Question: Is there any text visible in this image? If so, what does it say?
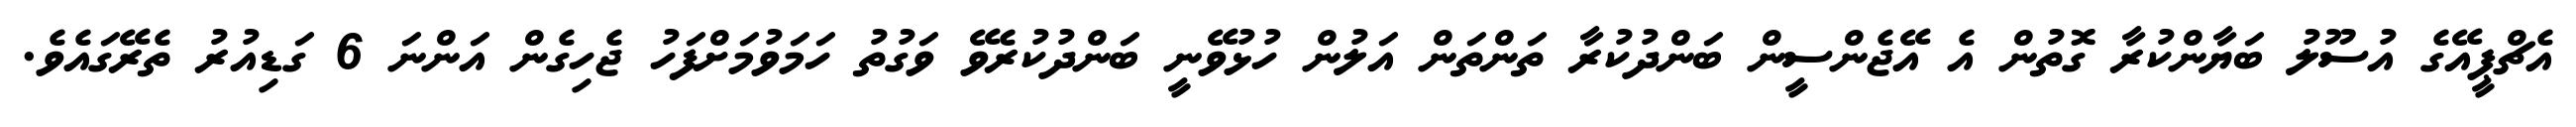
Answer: އެޗްޕީއޭގެ އުސޫލު ބަޔާންކުރާ ގޮތުން އެ އޭޖެންސީން ބަންދުކުރާ ތަންތަން އަލުން ހުޅުވޭނީ ބަންދުކުރެވޭ ވަގުތު ހަމަވުމަށްފަހު ޖެހިގެން އަންނަ 6 ގަޑިއުރު ތެރޭގައެވެ.